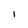
Character: 1